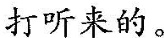
打听来的。